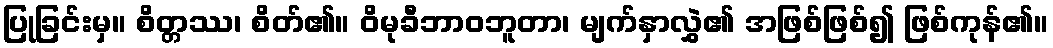
ပြုခြင်းမှ။ စိတ္တဿ၊ စိတ်၏။ ဝိမုခီဘာဝဘူတာ၊ မျက်နှာလွှဲ၏ အဖြစ်ဖြစ်၍ ဖြစ်ကုန်၏။